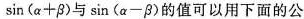
$$\sin ( α + β )$$与$$\sin ( α - β )$$的值可以用下面的公